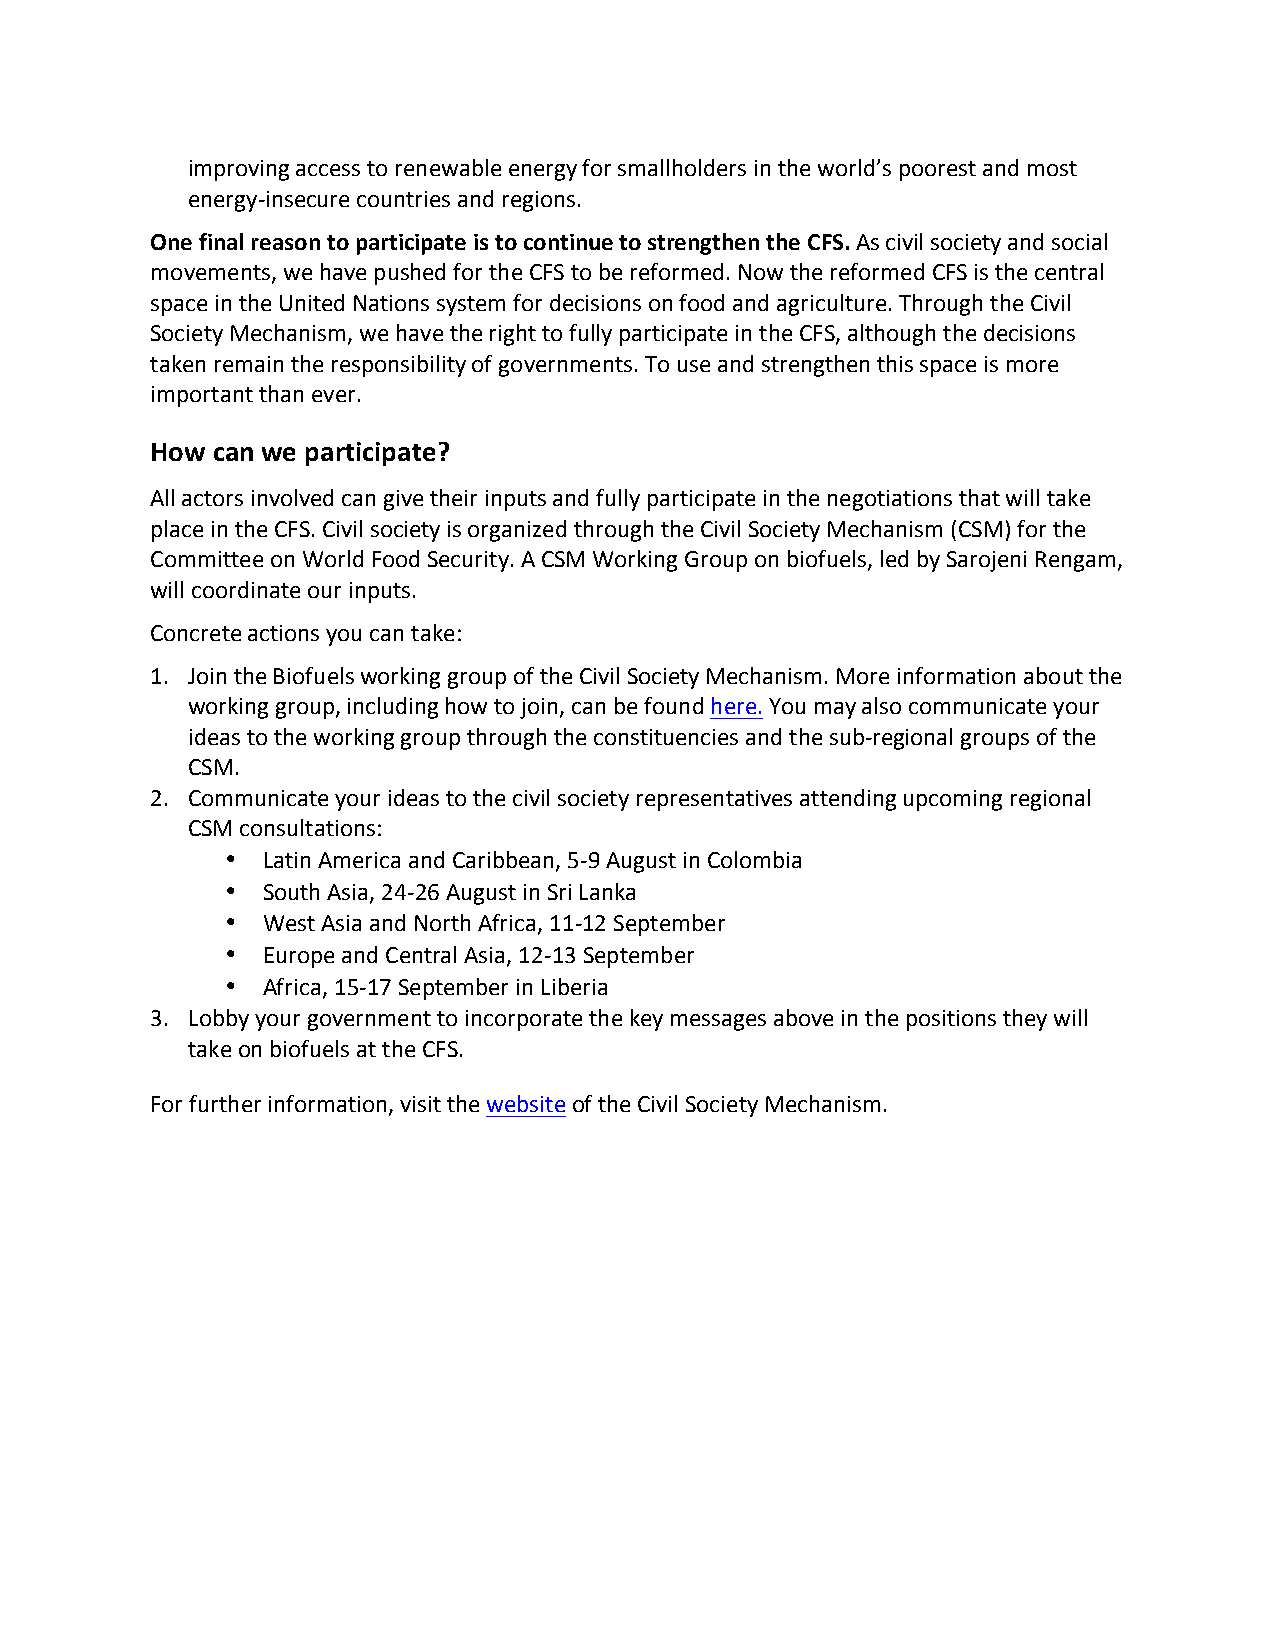
improving access to renewable energy for smallholders in the world’s poorest and most
 energy-­‐insecure countries and regions.
 One final reason to participate is to continue to strengthen the CFS. As civil society and social
 movements, we have pushed for the CFS to be reformed. Now the reformed CFS is the central
 space in the United Nations system for decisions on food and agriculture. Through the Civil
 Society Mechanism, we have the right to fully participate in the CFS, although the decisions
 taken remain the responsibility of governments. To use and strengthen this space is more
 important than ever.
 How can we participate?
 All actors involved can give their inputs and fully participate in the negotiations that will take
 place in the CFS. Civil society is organized through the Civil Society Mechanism (CSM) for the
 Committee on World Food Security. A CSM Working Group on biofuels, led by Sarojeni Rengam,
 will coordinate our inputs.
 Concrete actions you can take:
 1. Join the Biofuels working group of the Civil Society Mechanism. More information about the
 working group, including how to join, can be found here. You may also communicate your
 ideas to the working group through the constituencies and the sub-­‐regional groups of the
 CSM.
 2. Communicate your ideas to the civil society representatives attending upcoming regional
 CSM consultations:
 • Latin America and Caribbean, 5-­‐9 August in Colombia
 • South Asia, 24-­‐26 August in Sri Lanka
 • West Asia and North Africa, 11-­‐12 September
 • Europe and Central Asia, 12-­‐13 September
 • Africa, 15-­‐17 September in Liberia
 3. Lobby your government to incorporate the key messages above in the positions they will
 take on biofuels at the CFS.
 For further information, visit the website of the Civil Society Mechanism.